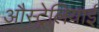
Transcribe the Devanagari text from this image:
औस्ट्रेलियाई